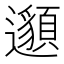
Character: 𨘷